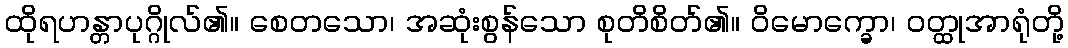
ထိုရဟန္တာပုဂ္ဂိုလ်၏။ စေတသော၊ အဆုံးစွန်သော စုတိစိတ်၏။ ဝိမောက္ခော၊ ဝတ္ထုအာရုံတို့